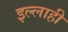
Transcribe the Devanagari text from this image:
इल्लाही